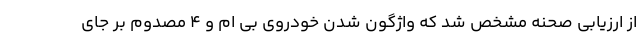
از ارزیابی صحنه مشخص شد که واژگون شدن خودروی بی ام و ۴ مصدوم بر جای